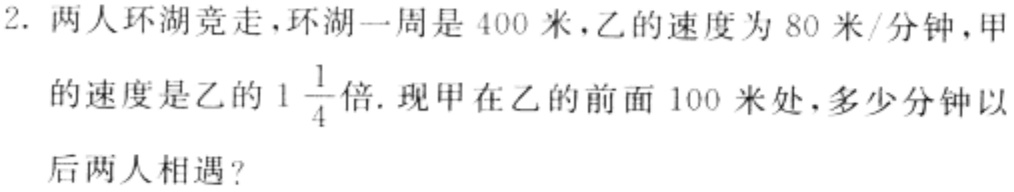
2. 两人环湖竞走，环湖一周是$400$米，乙的速度为$80$米/分钟，甲的速度是乙的$1\frac{1}{4}$倍. 现甲在乙的前面$100$米处，多少分钟以后两人相遇？